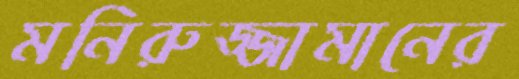
মনিরুজ্জামানের